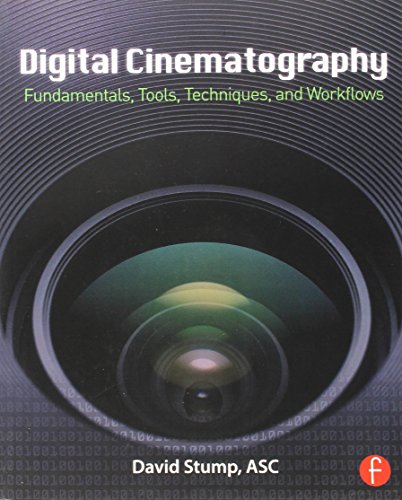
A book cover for Digital Cinematography: Fundamentals, Tools, Techniques, and Workflows; David Stump; Arts & Photography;